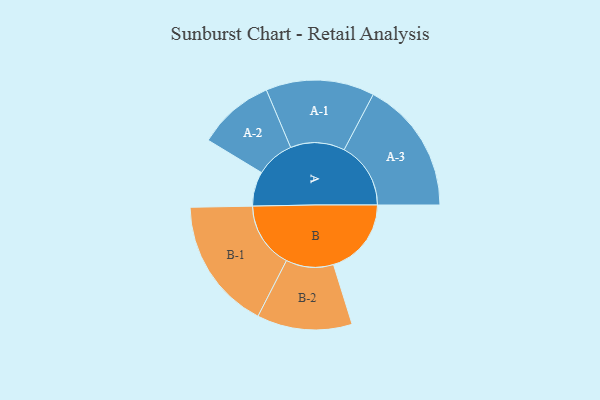
{"axis": {"x": "Segment", "y": "Value"}, "legend": ["", "A", "B"], "data": [{"x": "A", "y": 154, "type": ""}, {"x": "B", "y": 347, "type": ""}, {"x": "A-1", "y": 242, "type": "A"}, {"x": "A-2", "y": 171, "type": "A"}, {"x": "A-3", "y": 297, "type": "A"}, {"x": "B-1", "y": 295, "type": "B"}, {"x": "B-2", "y": 212, "type": "B"}]}